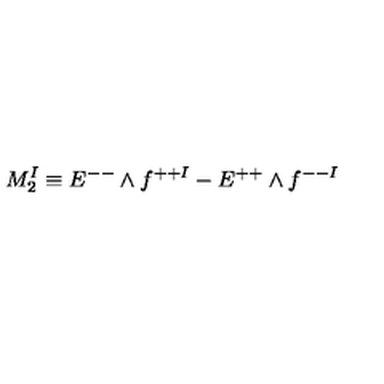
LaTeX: M _ { 2 } ^ { I } \equiv E ^ { -- } \wedge f ^ { + + I } - E ^ { + + } \wedge f ^ { -- I }